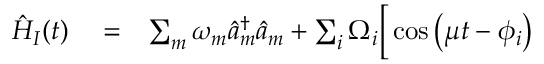
\begin{array} { r l r } { \hat { H } _ { I } ( t ) } & { { } = } & { \sum _ { m } \omega _ { m } \hat { a } _ { m } ^ { \dag } \hat { a } _ { m } + \sum _ { i } \Omega _ { i } \Big [ \cos \left( \mu t - \phi _ { i } \right) } \end{array}